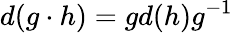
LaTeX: d(g\cdot h)=gd(h)g^{-1}